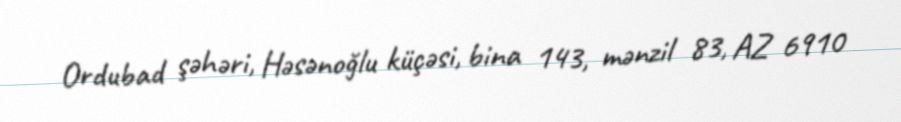
Ordubad şəhəri, Həsənoğlu küçəsi, bina 143, mənzil 83, AZ 6910